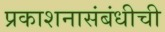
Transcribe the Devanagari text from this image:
प्रकाशनासंबंधीची